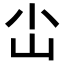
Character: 𪨤